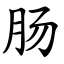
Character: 肠